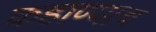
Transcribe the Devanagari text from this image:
कहाण्याच